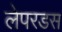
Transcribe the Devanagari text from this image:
लेपरडस